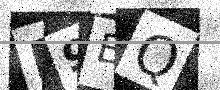
Text: F9BQ